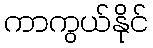
ကာကွယ်နိုင်